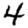
Digit: 4